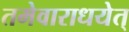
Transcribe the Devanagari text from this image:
तमेवाराधयेत्